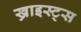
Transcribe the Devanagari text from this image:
ख्राइस्ट्स